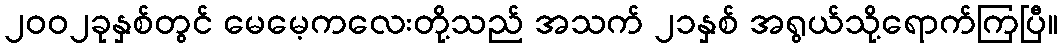
၂၀၀၂ခုနှစ်တွင် မေမေ့ကလေးတို့သည် အသက် ၂၁နှစ် အရွယ်သို့ရောက်ကြပြီ။